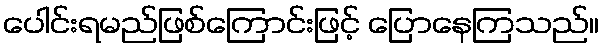
ပေါင်းရမည်ဖြစ်ကြောင်းဖြင့် ပြောနေကြသည်။